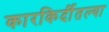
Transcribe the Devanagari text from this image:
कारकिर्दीतल्या